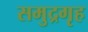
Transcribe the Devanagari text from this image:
समुद्रगृह